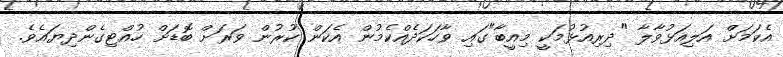
އެކަމަށް އަލިއަޅުވާލާ "ދިރިއުޅުމަކީ މިއީބާ"ގައި ވާހަކަދެއްކެމުން އެކަން ކުރުން ވަރަށް ބޮޑަށް ހުއްޓިގެންދިޔައެވެ.